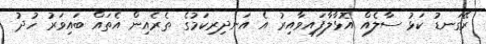
ރޭގަނޑު ކަޅު ސާލެއް އޮޅާލާފައިވާއިރު އެ އަނދިރިކަމުގެ ތެރެއިން އެތައް ބައިވަރު ހުދު